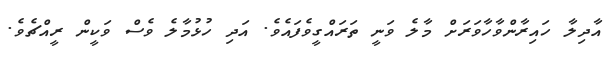
އާދިލާ ހައިރާންވާހާވަރަށް މާލެ ވަނީ ތަރައްގީވެފައެވެ. އަދި ހުޅުމާލެ ވެސް ވަކީން ރީއްޗެވެ.